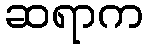
ဆရာက